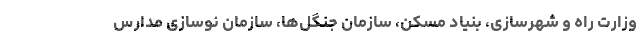
وزارت راه و شهرسازی، بنیاد مسکن، سازمان جنگل‌ها، سازمان نوسازی مدارس